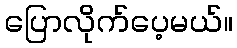
ပြောလိုက်ပေ့မယ်။